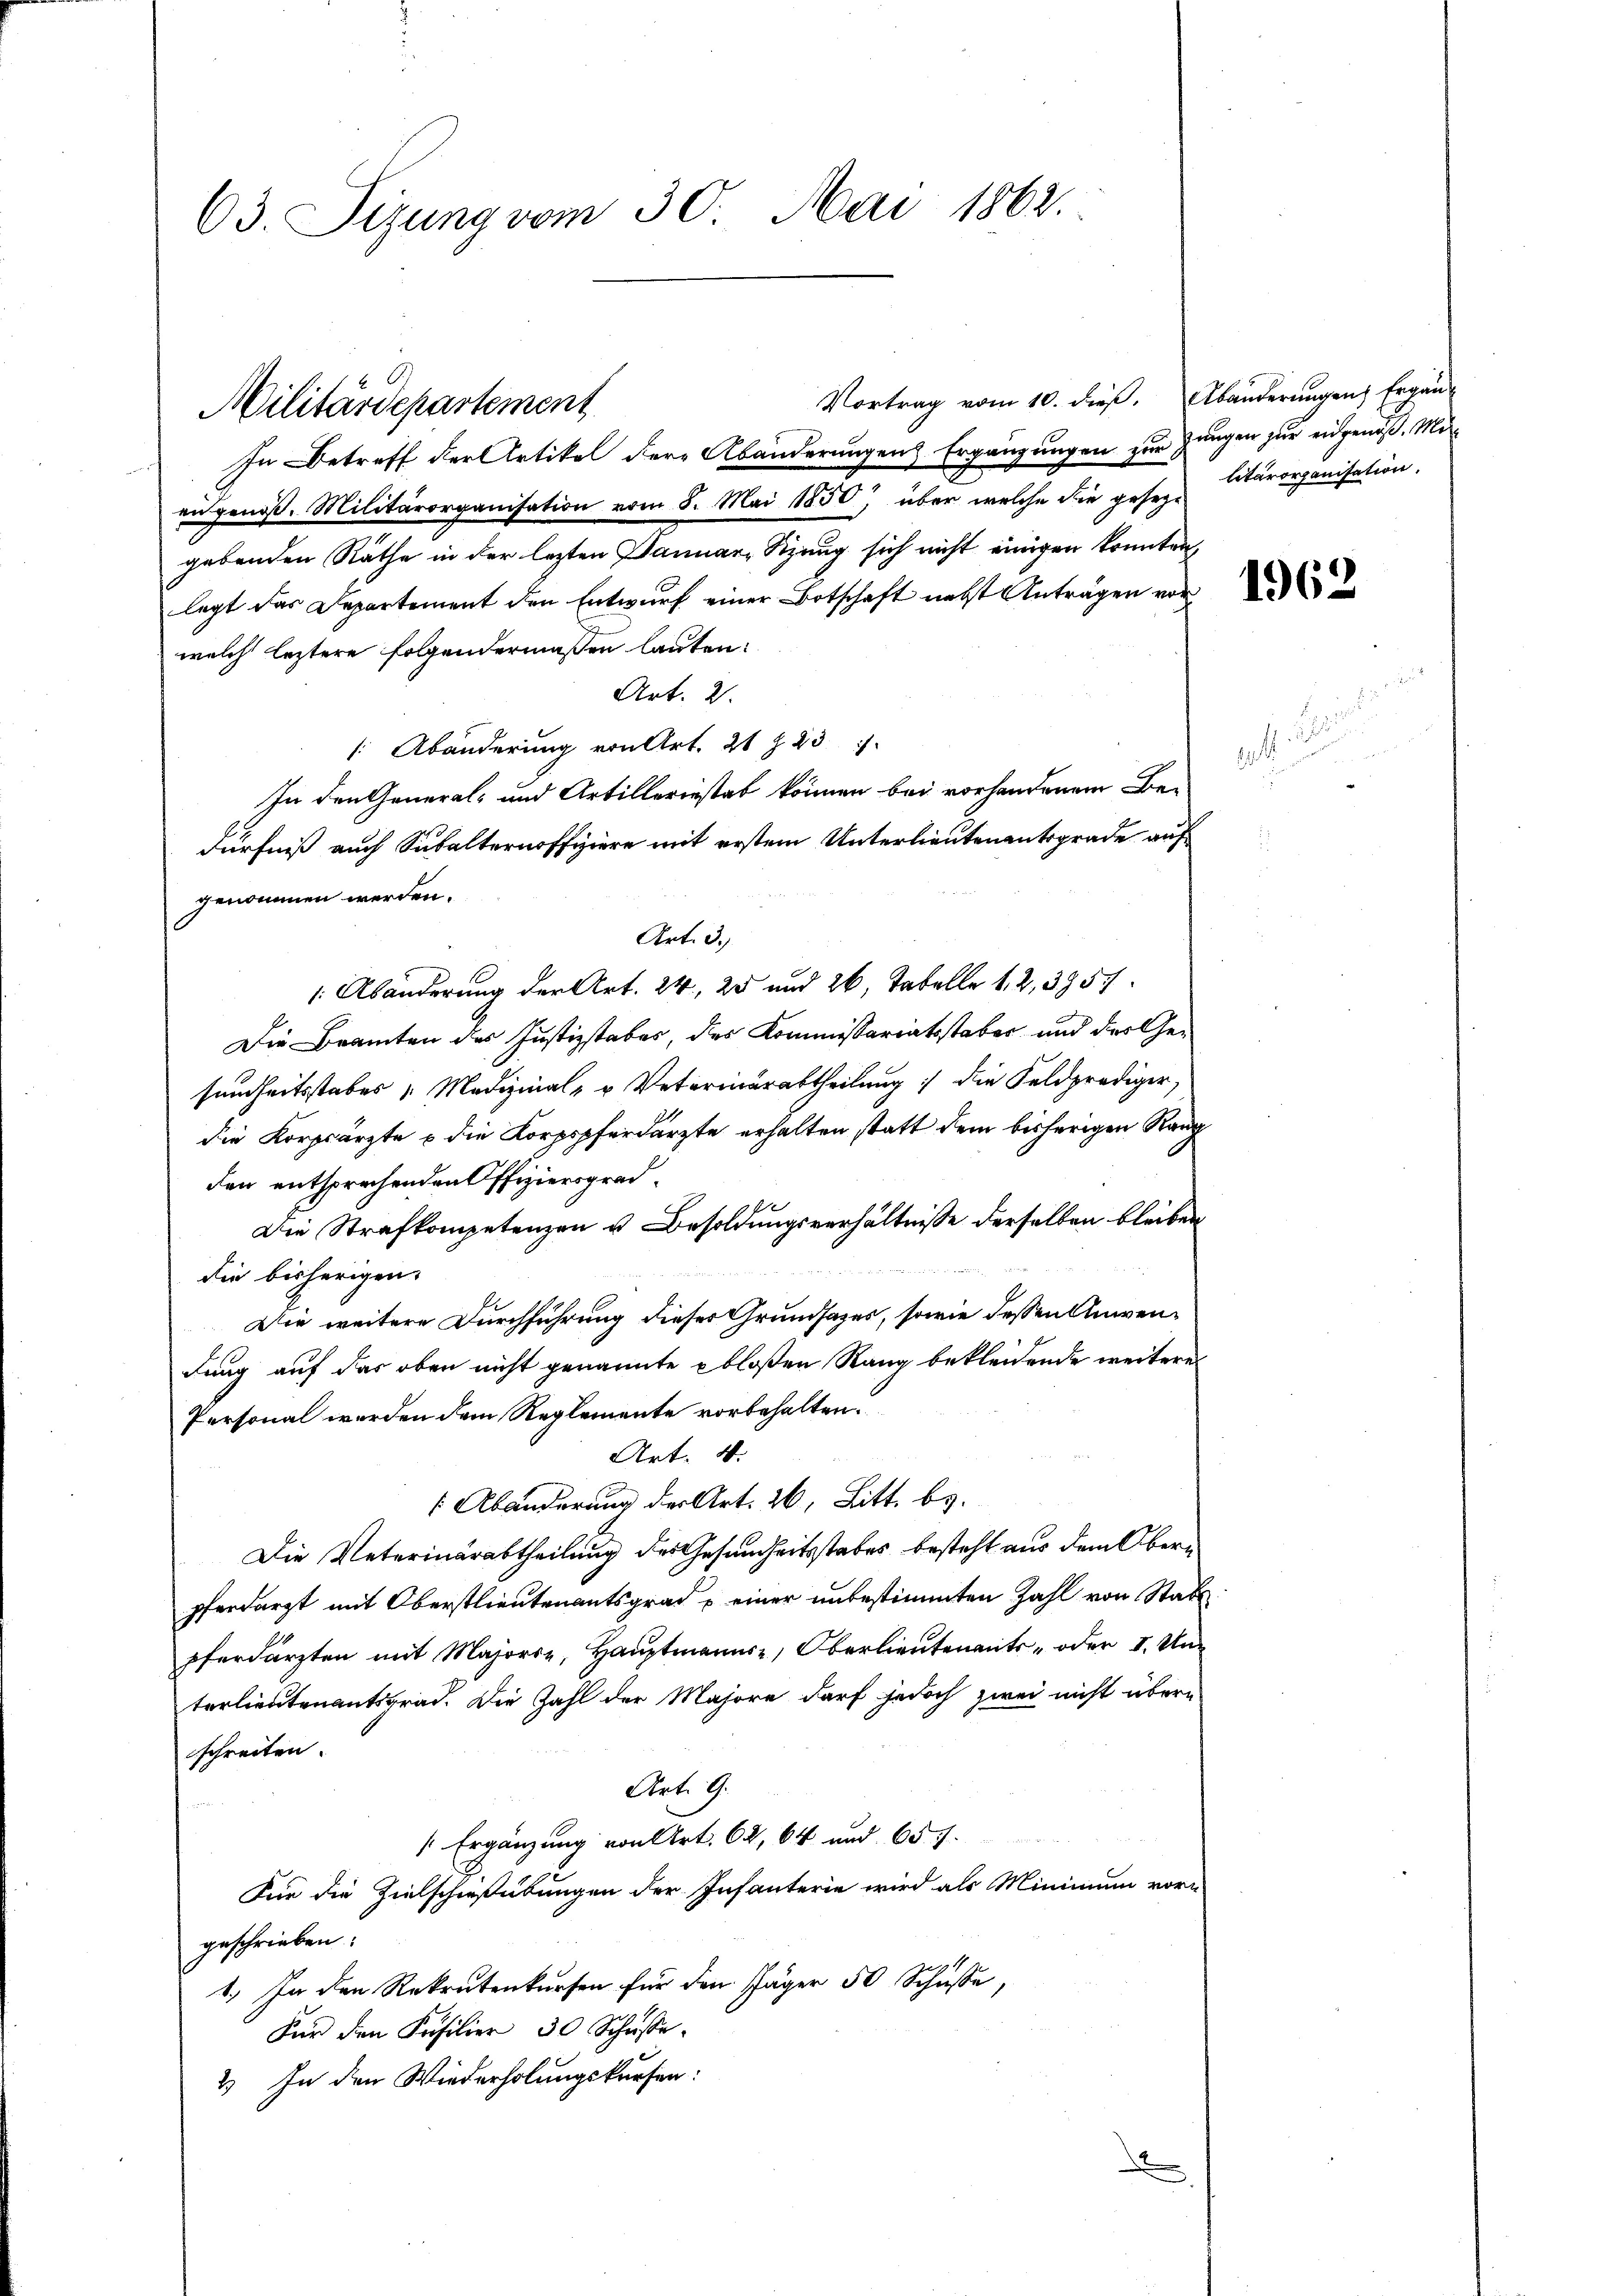
63. Sizung vom 30. Mai 1862.

Vortrag vom 10. dieß. Abänderungen Ergän-
In Betreff der Artikel dere Abänderungen Ergänzungen zur Zungen zur eidgenoß. Mit
engenoß. Militärorganisation vom 8. Mai 1850, über welche die geseg-Citärorganisation.
gebenden Räthe in der lezten Januar, Sizung sich nicht einigen konnten,
legt das Departement den Entwurf einer Botschaft nebst Anträgen vor
welche leztere folgendermaßen lauten:
Art. 2.
[ Abänderung von Art. 21 § 23
In den General- und Artilleriestat können bei vorhandenem Be-
dürfniß auch Subalternoffiziere mit erstem Unterlieutenantsgrade auf
Art. 3.)
 Abänderung der Art. 24, 25 und 26 Tabelle 1, 2, 3957.
Die Branten des Justizstabes, des Kommissariatsstaber und des Gesundheitsstabes v. Medizinal- u Veterinärabtheilung :/ die Feldprediger,
die Korpsärzte u die Korpopferdärzte erhalten statt dem bisherigen Rang
den entsprechenden Offiziersgrad¬
Die Strafkompetenzen u. Besoldungsverhältnisse derselben bleiben
 2
die bisherigen
Die weitere Durchführung dieses Grundsatzes, sowie dessen Anwendung auf das oben nicht genannte bloßen Rang bekleidende weiteres
Personal werden dem Reglemente vorbehalten.
Art. 4.
 Abänderung der Art. 26, Litt. b.
Die Veterinärabtheilung des Gesundheitsstabes besteht aus dem Oberpferdarzt mit Oberstlieutenantsgrad einer unbestimmten Zahl von Statt
pferdärzten mit Mar. Oerlieutnant oder I. Un
terlieutenantsgrad. Die Zahl der Majore darf jedoch zwei nicht überschreiten.
Art. 9.
 Ergänzung von Art. 62, 64 und 657.
Für die Zielschießübungen der Infanterie wird als Minimum vorn
geschrieben:
1. In den Rekrutenkursen für den Jäger 50 Schüsse,
Für den Kasilier 30 Schüsse.
2) In den Wiederholungskursen:
.

Militärdepartement

genommen werden.

1962